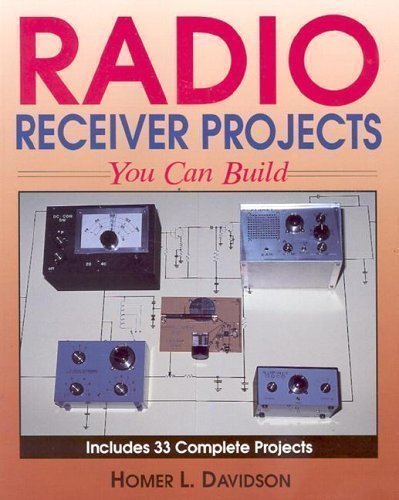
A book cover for Radio Receiver Projects You Can Build; Homer L. Davidson; Crafts, Hobbies & Home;